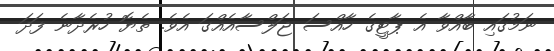
ނަމުގައި ބާއްވާ އެ ޕާޓީގެ ހާއްސަ ޖަލްސާއެއްގަ އެވެ. ތެޔޮ ހުރެދާނެ ފަދަ